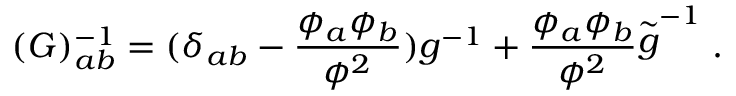
( G ) _ { a b } ^ { - 1 } = ( \delta _ { a b } - \frac { \phi _ { a } \phi _ { b } } { \phi ^ { 2 } } ) g ^ { - 1 } + \frac { \phi _ { a } \phi _ { b } } { \phi ^ { 2 } } { \stackrel { \sim } { g } } ^ { - 1 } \; .